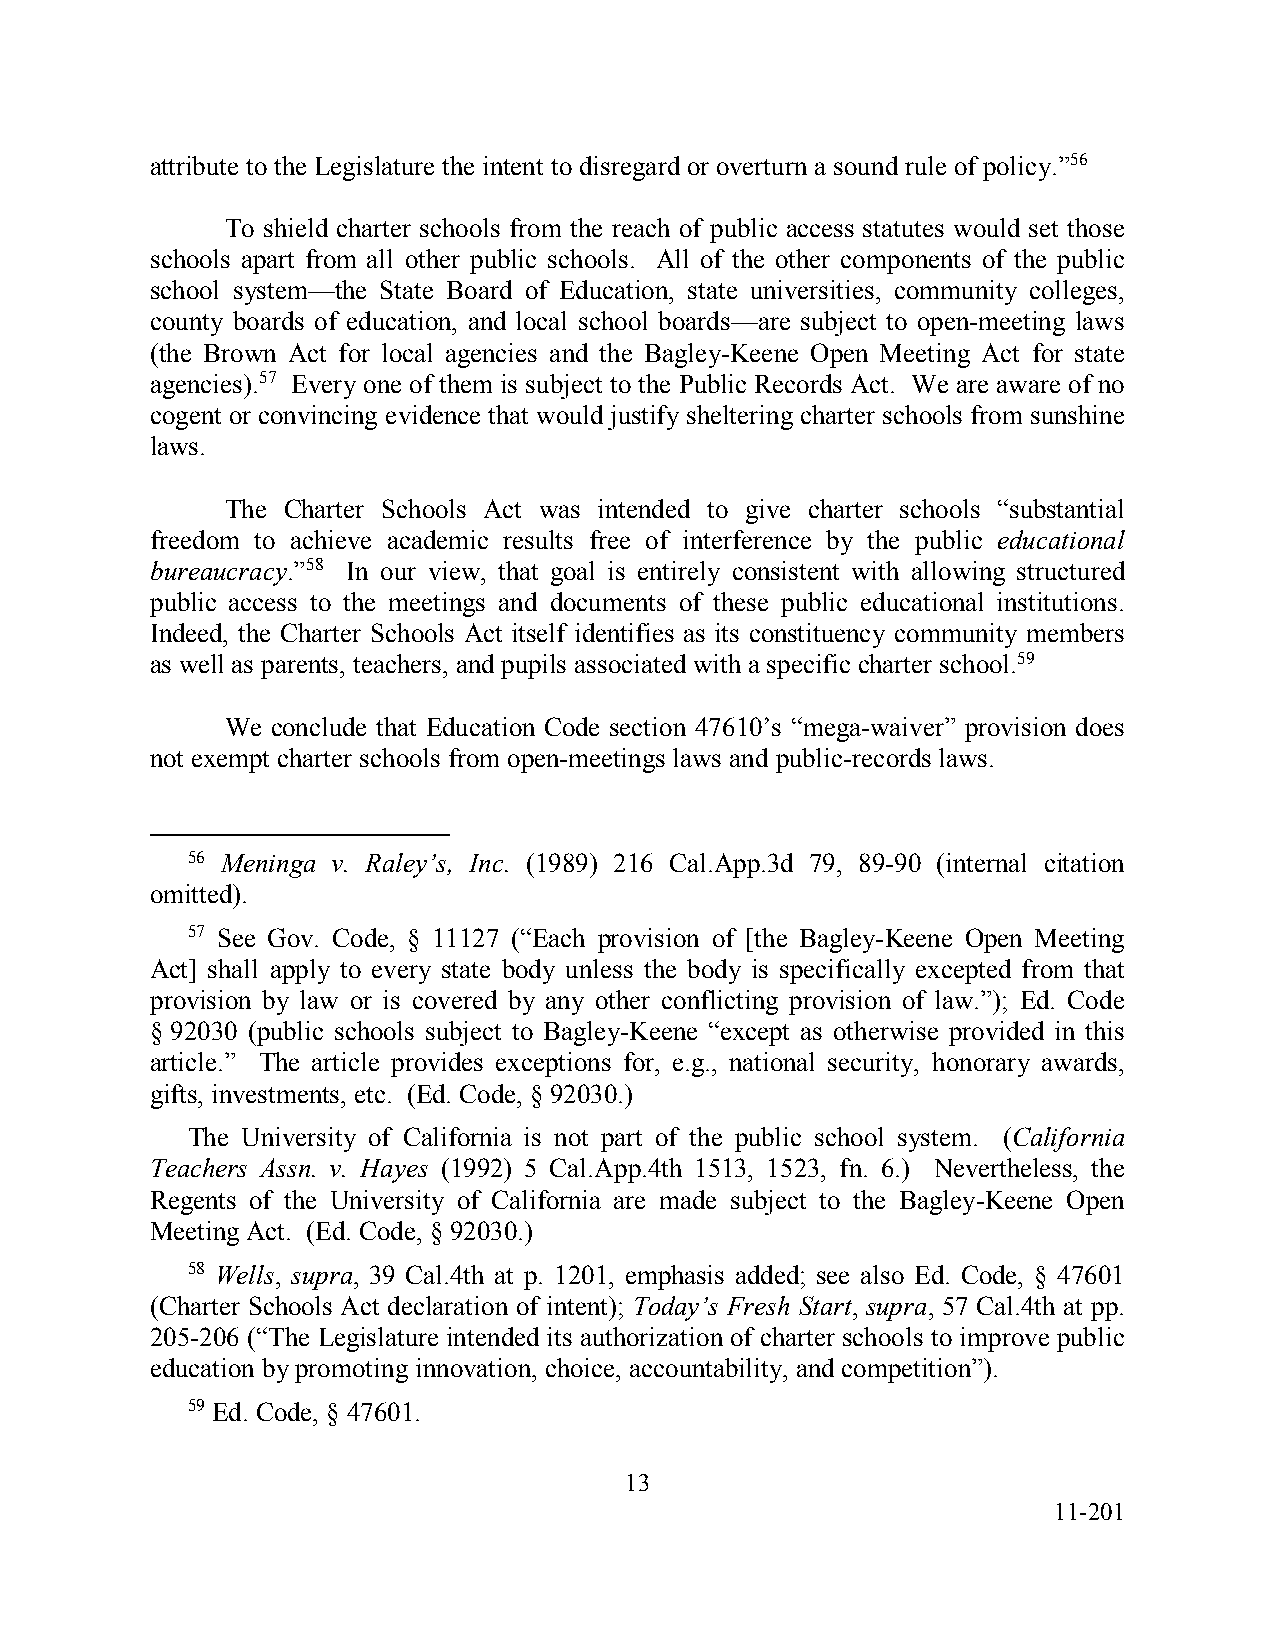
attribute to the Legislature the intent to disregard or overturn a sound rule of policy.”56
 To shield charter schools from the reach of public access statutes would set those
 schools apart from all other public schools. All of the other components of the public
 school system—the State Board of Education, state universities, community colleges,
 county boards of education, and local school boards—are subject to open-meeting laws
 (the Brown Act for local agencies and the Bagley-Keene Open Meeting Act for state
 agencies).57 Every one of them is subject to the Public Records Act. We are aware of no
 cogent or convincing evidence that would justify sheltering charter schools from sunshine
 laws.
 The Charter Schools Act was intended to give charter schools “substantial
 freedom to achieve academic results free of interference by the public educational
 bureaucracy.”58 In our view, that goal is entirely consistent with allowing structured
 public access to the meetings and documents of these public educational institutions.
 Indeed, the Charter Schools Act itself identifies as its constituency community members
 as well as parents, teachers, and pupils associated with a specific charter school.59
 We conclude that Education Code section 47610’s “mega-waiver” provision does
 not exempt charter schools from open-meetings laws and public-records laws.
 56 Meninga v. Raley’s, Inc. (1989) 216 Cal.App.3d 79, 89-90 (internal citation
 omitted).
 57 See Gov. Code, § 11127 (“Each provision of [the Bagley-Keene Open Meeting
 Act] shall apply to every state body unless the body is specifically excepted from that
 provision by law or is covered by any other conflicting provision of law.”); Ed. Code
 § 92030 (public schools subject to Bagley-Keene “except as otherwise provided in this
 article.” The article provides exceptions for, e.g., national security, honorary awards,
 gifts, investments, etc. (Ed. Code, § 92030.)
 The University of California is not part of the public school system. (California
 Teachers Assn. v. Hayes (1992) 5 Cal.App.4th 1513, 1523, fn. 6.) Nevertheless, the
 Regents of the University of California are made subject to the Bagley-Keene Open
 Meeting Act. (Ed. Code, § 92030.)
 58 Wells, supra, 39 Cal.4th at p. 1201, emphasis added; see also Ed. Code, § 47601
 (Charter Schools Act declaration of intent); Today’s Fresh Start, supra, 57 Cal.4th at pp.
 205-206 (“The Legislature intended its authorization of charter schools to improve public
 education by promoting innovation, choice, accountability, and competition”).
 59 Ed. Code, § 47601.
 13
 11-201